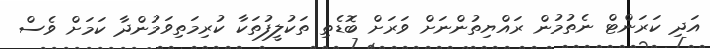
އަދި ކަރަންޓް ނެތުމުން ރައްޔިތުންނަށް ވަރަށް ބޮޑެތި ތަކުލީފުތަކާ ކުރިމަތިވަމުންދާ ކަމަށް ވެސް